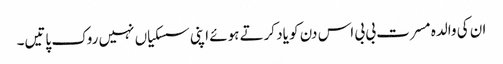
ان کی والدہ مسرت بی بی اس دن کو یاد کرتے ہوئے اپنی سسکیاں نہیں روک پاتیں۔